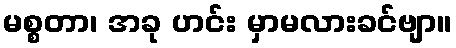
မစ္စတာ၊ အခု ဟင်း မှာမလားခင်ဗျာ။